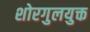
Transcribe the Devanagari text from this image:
शोरगुलयुक्त